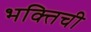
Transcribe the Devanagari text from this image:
भक्तिची